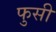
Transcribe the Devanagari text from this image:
फुसी